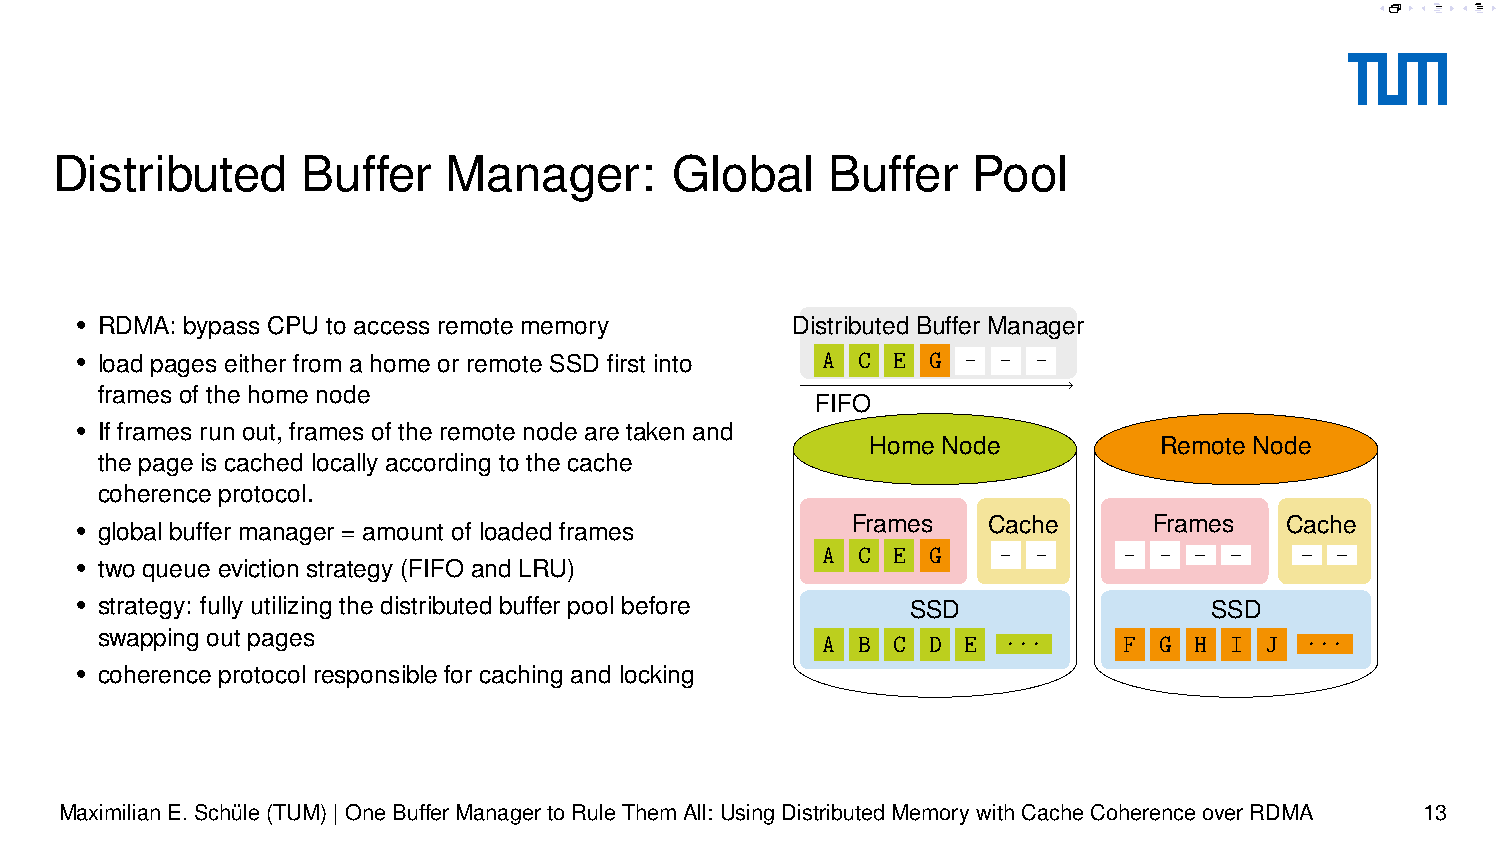
B F
 B F     B  F
 Distributed      Buffer   Manager:       Global     Buffer   Pool
 • RDMA: bypass CPU to access remote memory     Distributed Buffer Manager
 • load pages either from a home or remote SSD first into -A -C -E -G - - -
 frames of the home node
 FIFO
 • If frames run out, frames of the remote node are taken and
 Home Node          Remote Node
 the page is cached locally according to the cache
 coherence protocol.
 • global buffer manager = amount of loaded frames  Frames   Cache      Frames   Cache
 _ _    _ _
 A- C- E- G- -  -    -  -
 • two queue eviction strategy (FIFO and LRU)
 • strategy: fully utilizing the distributed buffer pool before SSD         SSD
 swapping out pages                              A  B C D  E ...     F  G H I  J ...
 • coherence protocol responsible for caching and locking
 MaximilianE.Schüle(TUM)|OneBufferManagertoRuleThemAll: UsingDistributedMemorywithCacheCoherenceoverRDMA 13